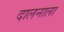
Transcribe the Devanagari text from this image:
दालनाला